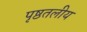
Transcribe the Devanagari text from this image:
पृष्ठतलीय